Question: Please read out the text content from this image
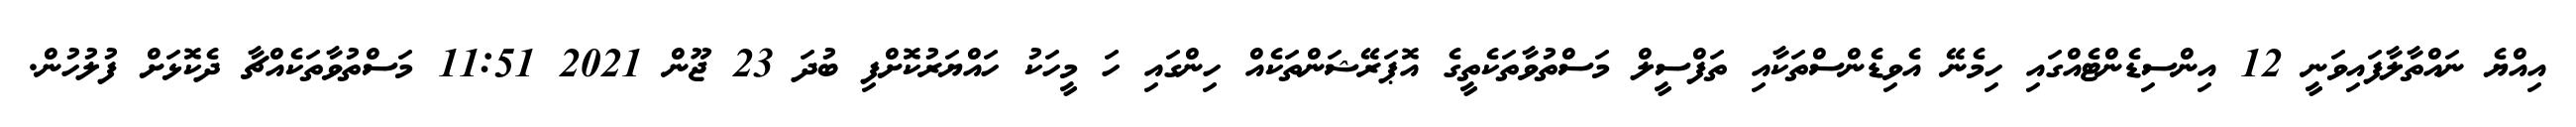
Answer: އިއްޔެ ނައްތާލާފައިވަނީ 12 އިންސިޑެންޓެއްގައި ހިމެނޭ އެވިޑެންސްތަކާއި ތަފްސީލް މަސްތުވާތަކެތީގެ އޮޕަރޭޝަންތަކެއް ހިންގައި ހަ މީހަކު ހައްޔަރުކޮށްފި ބުދަ 23 ޖޫން 2021 11:51 މަސްތުވާތަކެއްޗާ ދެކޮޅަށް ފުލުހުން.